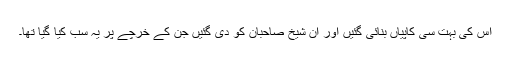
اس کی بہت سی کاپیاں بنائی گئیں اور ان شیخ صاحبان کو دی گئیں جن کے خرچے پر یہ سب کیا گیا تھا۔